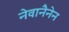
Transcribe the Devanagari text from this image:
नेवानैनेन